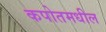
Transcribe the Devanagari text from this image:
कपोतमधील